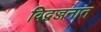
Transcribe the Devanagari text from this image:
विद्वज्जनात